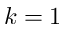
k = 1